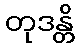
တုဒန္တိ